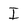
Character: I